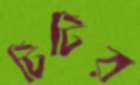
টিটির